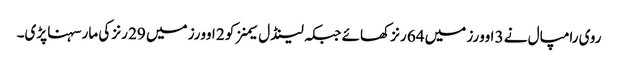
روی رامپال نے 3 اوورز میں 64 رنز کھائے جبکہ لینڈل سیمنز کو 2 اوورز میں 29 رنز کی مار سہنا پڑی۔